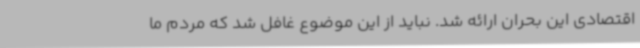
اقتصادی این بحران ارائه شد. نباید از این موضوع غافل شد که مردم ما